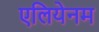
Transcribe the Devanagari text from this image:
एलियेनम